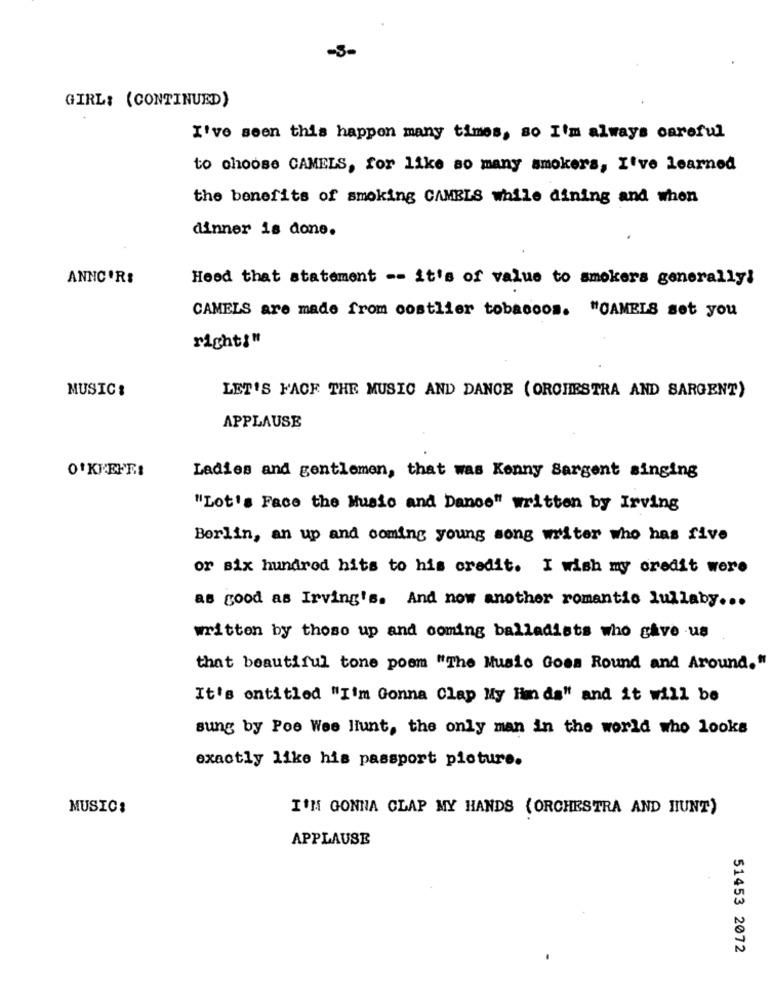
GIRL: (CONTINUED)
I've seen this happen many times, so I'm always careful
to choose CAMELS, for like so many smokers, I've learned
the benefits of smoking CAMELS while dining and when
dinner is done.
ANNCOR:
Heed that statement -- it's of value to smokers generally!
CAMELS are made from costlier tobaccos. "CAMEIS set you
right!"
MUSIC:
LET'S FACE THE MUSIC AND DANCE (ORCHESTRA AND SARGENT)
APPLAUSE
O'KEEFE:
Ladies and gentlemen, that was Kenny Sargent singing
"Lot's Face the Music and Dance" written by Irving
Berlin, an up and coming young song writer who has five
or six hundred hits to his credit. I wish my credit were
as good as Irving's. And now another romantic lullaby ...
written by those up and coming balladists who gave us
that beautiful tone poem "The Music Goes Round and Around."
It's entitled "I'm Gonna Clap My Him da" and it will be
sung by Pee Wee liunt, the only man in the world who looks
exactly like his passport picture.
MUSIC:
I'M GONNA CLAP MY HANDS (ORCHESTRA AND HUNT)
APPLAUSE
51453 2072